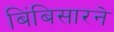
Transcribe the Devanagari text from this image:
बिंबिसारने